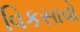
વિકસાવો